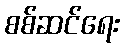
စစ်ဆင်ရေး